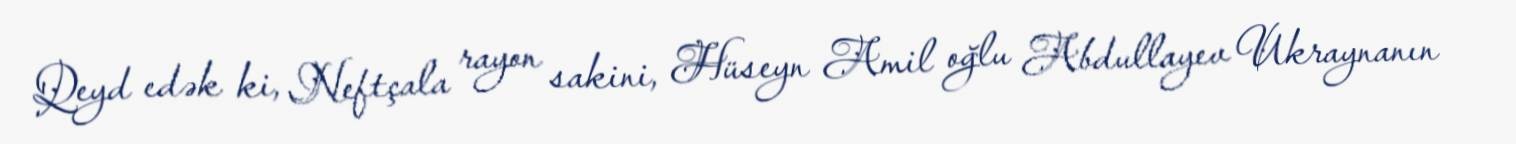
Qeyd edək ki, Neftçala rayon sakini, Hüseyn Amil oğlu Abdullayev Ukraynanın